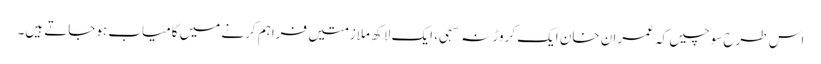
اس طرح سوچیں کہ عمران خان ایک کروڑ نہ سہی، ایک لاکھ ملازمتیں فراہم کرنے میں کامیاب ہوجاتے ہیں۔